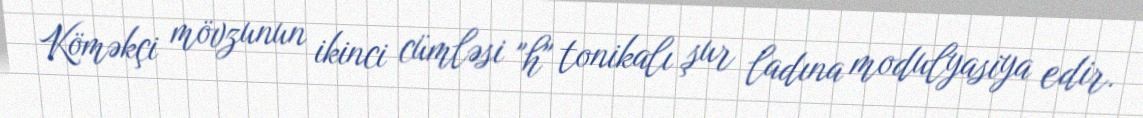
Köməkçi mövzunun ikinci cümləsi "h" tonikalı şur ladına modulyasiya edir.